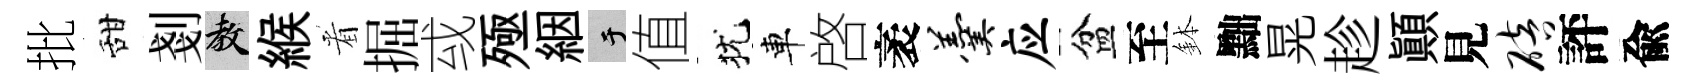
批甜剗教緱㸔掘㦯殛絪于值犹車啓袤羹应盆至鉢黜晃趁顚見碚評兪